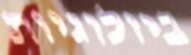
ביולוגיות